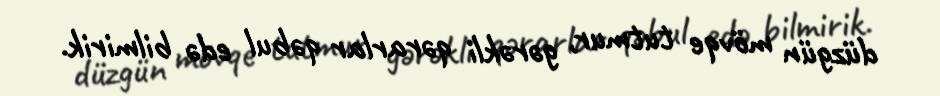
düzgün mövqe tutmur, gərəkli qərarlar qəbul edə bilmirik.